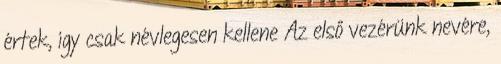
értek, így csak névlegesen kellene Az első vezérünk nevére,